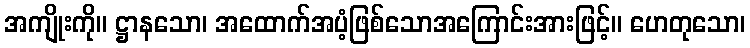
အကျိုးကို။ ဋ္ဌာနသော၊ အထောက်အပံ့ဖြစ်သောအကြောင်းအားဖြင့်။ ဟေတုသော၊